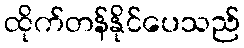
ထိုက်တန်နိုင်ပေသည်